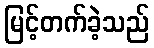
မြင့်တက်ခဲ့သည်